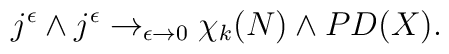
j^\epsilon \wedge j^\epsilon \rightarrow_{\epsilon\rightarrow 0}\chi_k (N)\wedge PD (X).